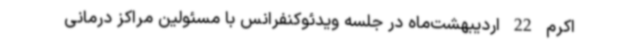
اکرم 22 اردیبهشت‌ماه در جلسه ویدئوکنفرانس با مسئولین مراکز درمانی